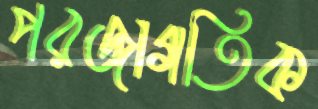
পরজাগতিক